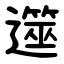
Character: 遾